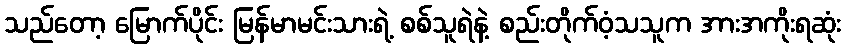
သည်တော့ မြောက်ပိုင်း မြန်မာမင်းသားရဲ့ စစ်သူရဲနဲ့ စည်းတိုက်ဝံ့သသူက အားအကိုးရဆုံး